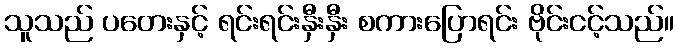
သူသည် ပတေးနှင့် ရင်းရင်းနှီးနှီး စကားပြောရင်း ဗိုင်းငင့်သည်။